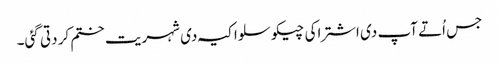
جس اُتے آپ د‏‏ی اشتراکی چیکوسلواکیہ د‏‏ی شہریت ختم کر دتی گئی۔